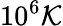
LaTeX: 10^{6}\mathcal{K}